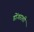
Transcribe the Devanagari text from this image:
डोंगराशी